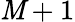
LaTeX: \mathit{M}+1